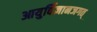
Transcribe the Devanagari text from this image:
आयुर्विज्ञानजगत्